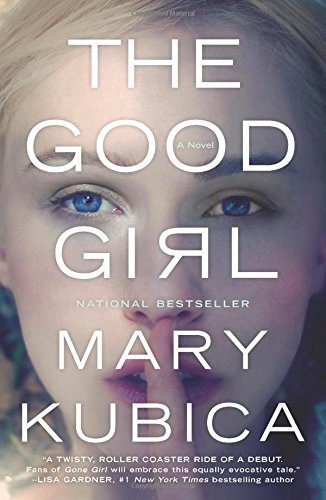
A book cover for The Good Girl; Mary Kubica; Mystery, Thriller & Suspense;